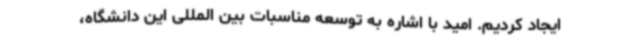
ایجاد کردیم. امید با اشاره به توسعه مناسبات بین المللی این دانشگاه،